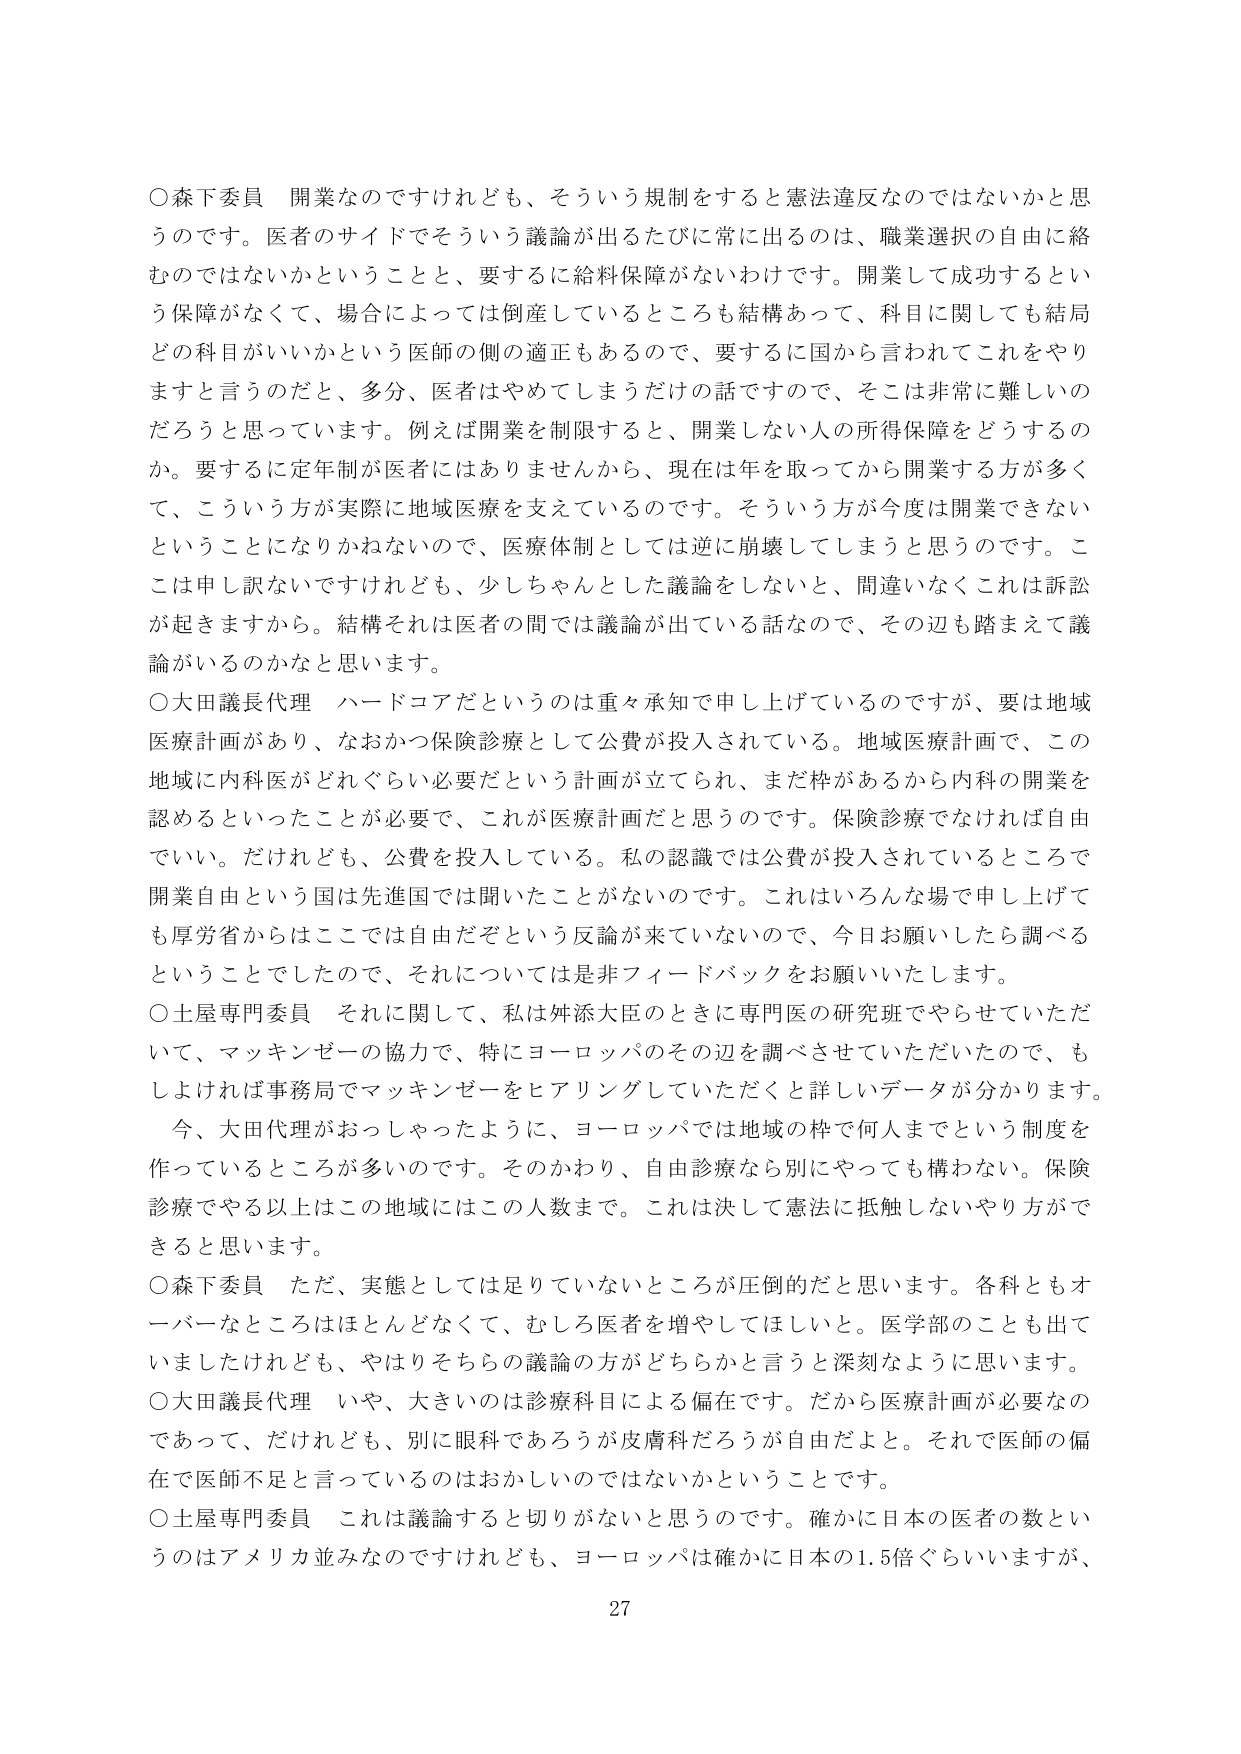
○森下委員 開業なのですがけれども、そういう規制をすると憲法違反なのではないかと思うのです。医者のサイドでそういう議論が出るたびに常に出るのは、職業選択の自由に絡むのではないかということと、要するに給料保障がないわけです。開業して成功するという保障がなくて、場合によっては倒産しているところも結構あって、科目に関しても結局どの科目がいいかという医師の側の適正もあるので、要するに国から言われてこれをやりますと言うのだと、多分、医者はやめてしまうだけの話ですので、そこは非常に難しいのだろうと思っています。例えば開業を制限すると、開業しない人の所得保障をどうするのか。要するに定年制が医者にはありませんから、現在は年を取ってから開業する方が多くて、こういう方が実際に地域医療を支えているのです。そういう方が今度は開業できないということになりかねないので、医療体制としては逆に崩壊してしまうと思うのです。ここは申し訳ないですがけれども、少しちゃんとした議論をしないと、間違いなくこれは訴訟が起きますから。結構それは医者の間では議論が出ている話なので、その辺も踏まえて議論がいるのかなと思います。

○大田議長代理 ハードコアだというのは重々承知で申し上げているのですが、要は地域医療計画があり、なおかつ保険診療として公費が投入されている。地域医療計画で、この地域に内科医がどれぐらい必要だという計画が立てられ、まだ枠があるから内科の開業を認めるといったことが必要で、これが医療計画だと思うのです。保険診療でなければ自由でいい。だけれども、公費を投入している。私の認識では公費が投入されているところで開業自由という国は先進国では聞いたことがないのです。これはいろんな場で申し上げても厚労省からはここでは自由だぞという反論が来ていないので、今日お願いしたら調べるということでしたので、それについては是非フィードバックをお願いいたします。

○土屋専門委員 それに関して、私は舛添大臣のときに専門医の研究班でやらせていただいて、マッキンゼーの協力で、特にヨーロッパのその辺を調べさせていただいたので、もしおければ事務局でマッキンゼーをヒアリングしていただくと詳しいデータが分かります。今、大田代理がおっしゃったように、ヨーロッパでは地域の枠で何人までという制度を作っているところが多いのです。そのかわり、自由診療なら別にやっても構わない。保険診療でやる以上はこの地域にはこの人数まで。これは決して憲法に抵触しないやり方ができると思います。

○森下委員 ただ、実態としては足りていないところが圧倒的だと思います。各科ともオーバーなところはほとんどなくて、むしろ医者を増やしてほしいと。医学部のことも出ていましたけれども、やはりそちらの議論の方がどちらかと言うと深刻なように思います。

○大田議長代理 いや、大きいのは診療科目による偏在です。だから医療計画が必要なのであって、だけれども、別に眼科であろうが皮膚科だろうが自由だよと。それで医師の偏在で医師不足と言っているのはおかしいのではないかということです。

○土屋専門委員 これは議論すると切りがないと思うのです。確かに日本の医者の数というのはアメリカ並みなのですがけれども、ヨーロッパは確かに日本の1.5倍ぐらいいますが、

27